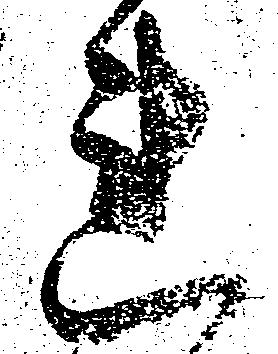
連